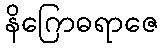
နိဂြောဓရာဇေ